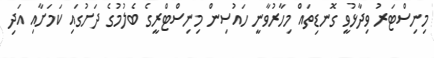
މިނިސްޓަރު ވިދާޅުވީ ގޮނޑިތައް މިހާރުވާނީ ހައުސިން މިނިސްޓްރީގެ ބެލުމުގެ ދަށުގައި ކަމަށާއި އަދި